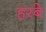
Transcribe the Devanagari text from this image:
हरबे